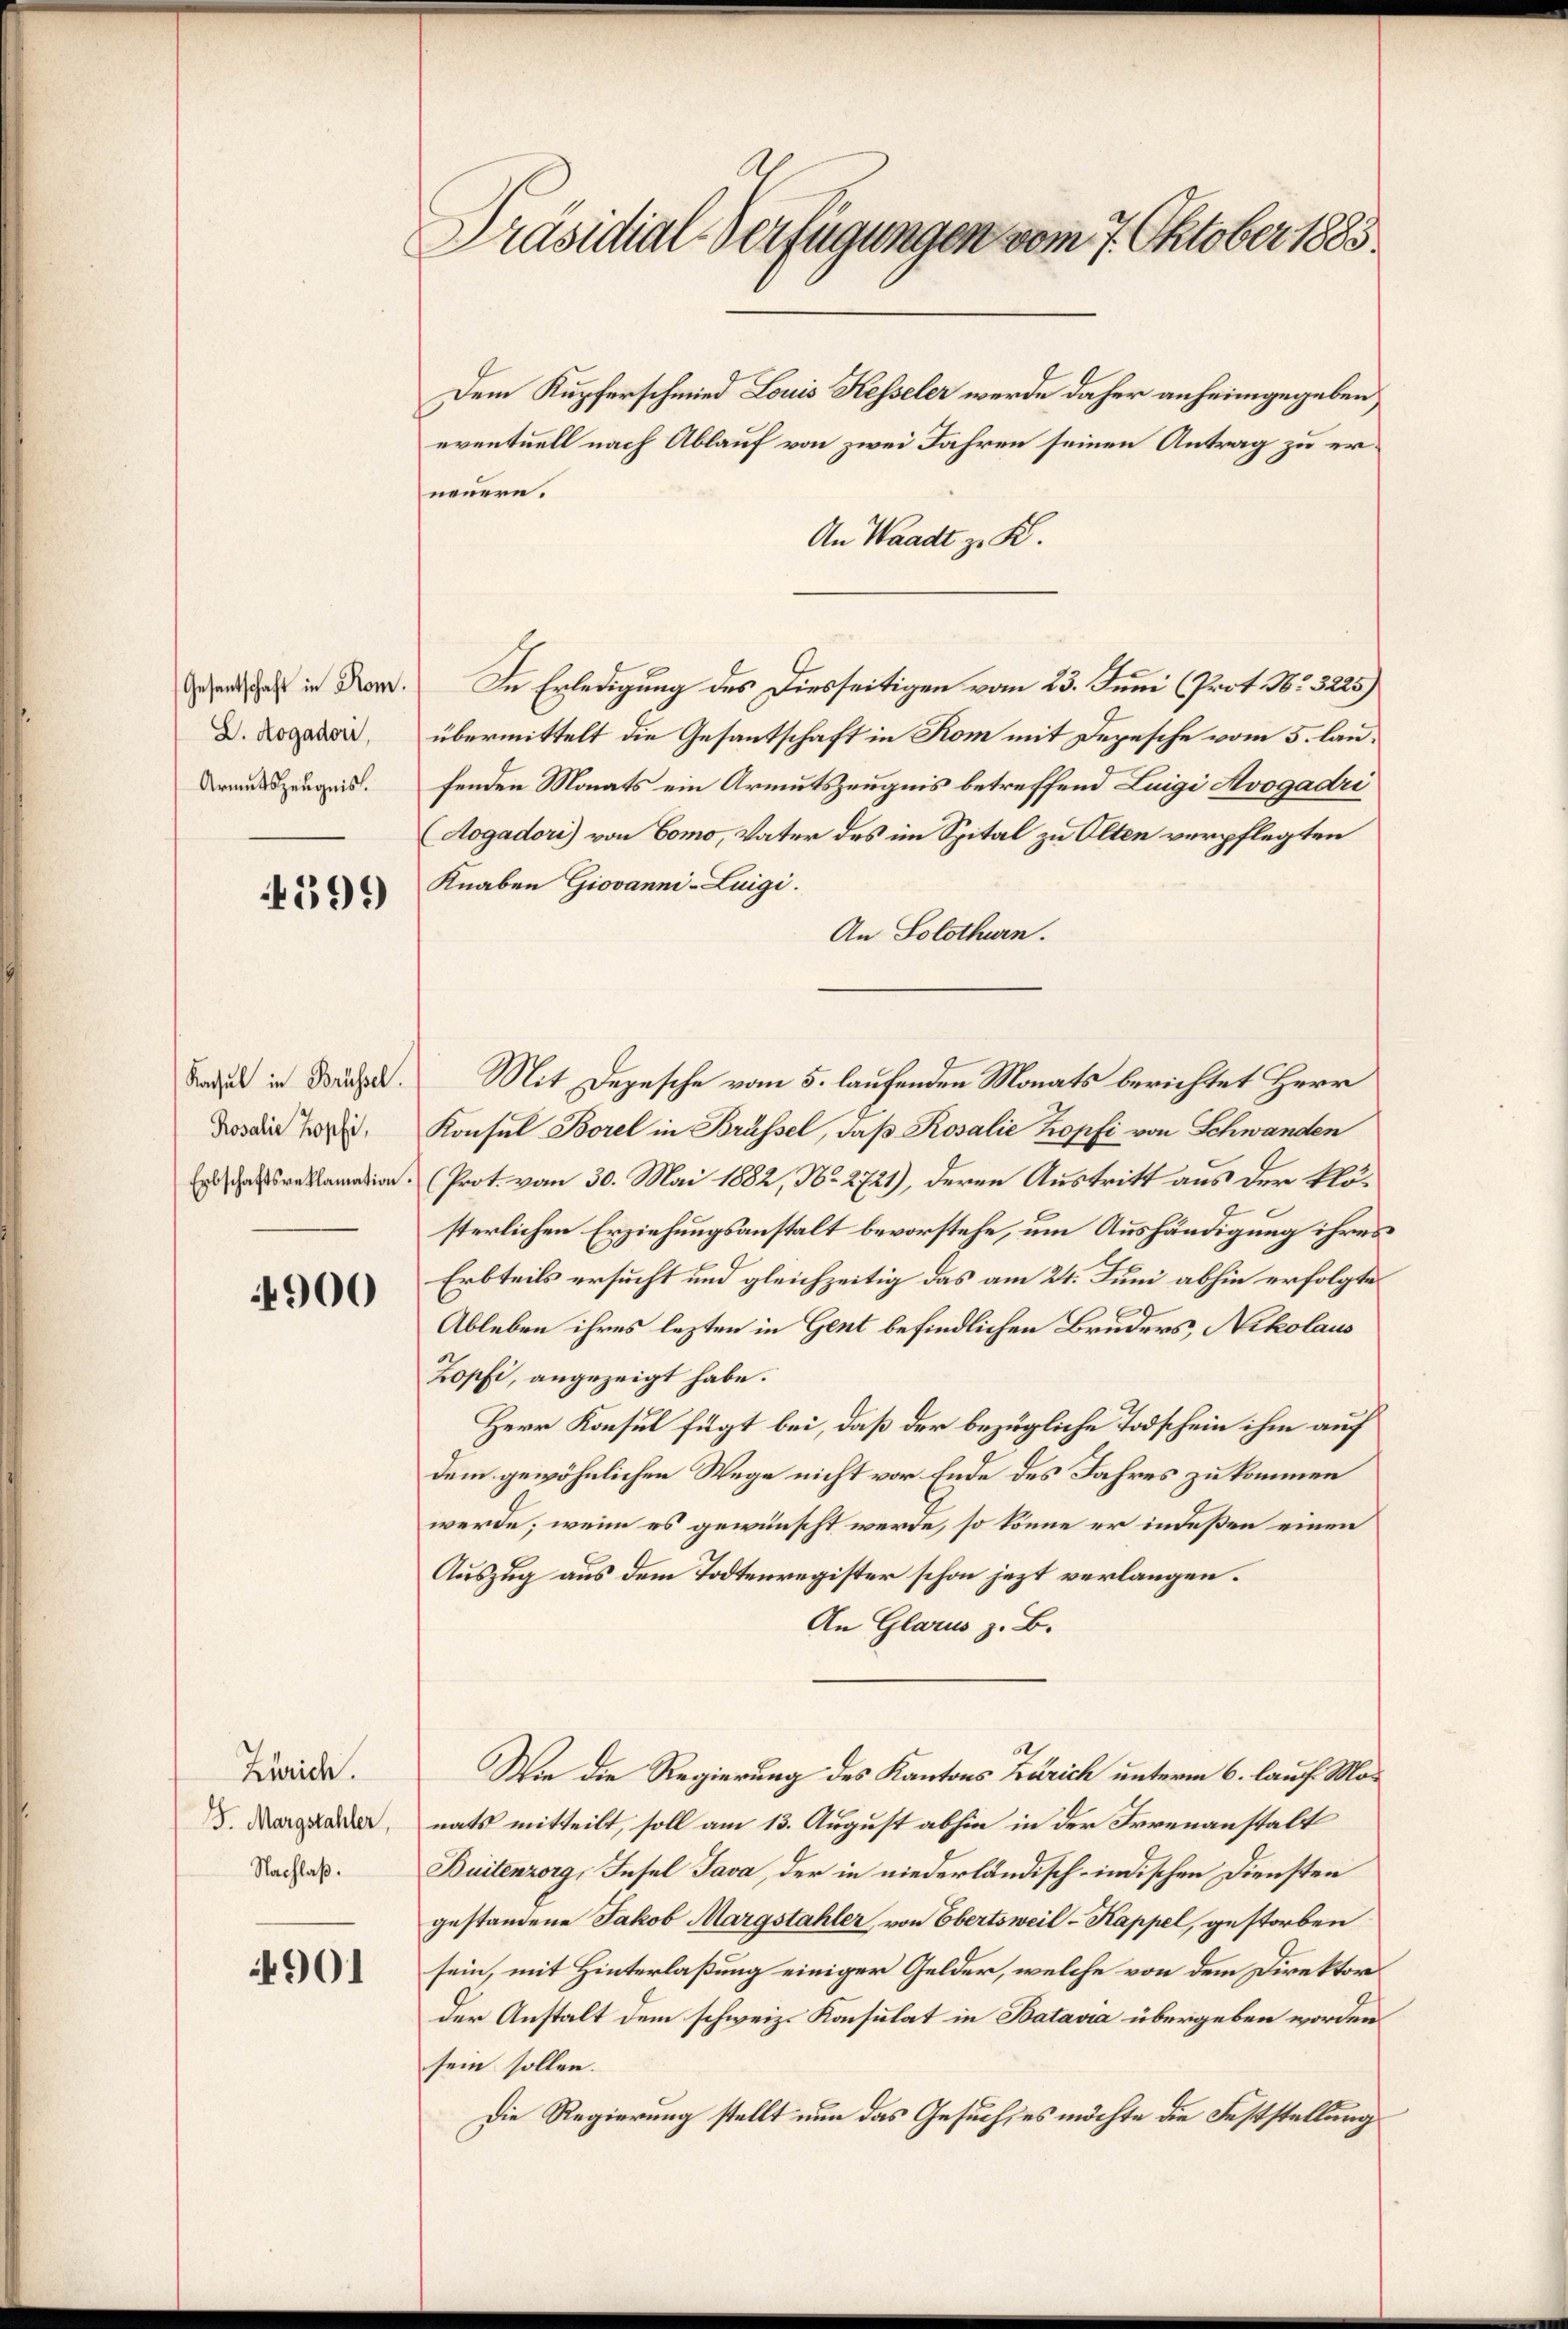
Gesantschaft in Rom.
D. Aogadori,
Armutszeugnis.

399

Kacul in Brüssel.
Rosalie Kopfi,
Erbschaftsreklamation

4900

Zürich.
. Margstahler,
Nachlaß.

4901

Präsidial-Verfügungen vom 7. Oktober 1885.

neuere.
An Waadt z. B.
In Erledigung des Diesseitigen vom 23. Juni (Prot. No. 3225)
übermittelt die Gesantschaft in Rom mit Depesche vom 5. laufenden Monats ein Armutszeugnis betreffend Luigi Avogadri
Aogadori) von Como, Vater des im Spital zu Olten verpflegten
Knaben Giovanni-Luigi.
An Solothurn.
Mit Depesche vom 5. laufenden Monats berichtet Herr
Konsul Borel in Brüssel, das Rosalie Kopfi von Schwanden
Prot. vom 30. Mai 1882, No. 2721), deren Austritt aus der klösterlichen Erziehungsanstalt bevorstehe, um Aushändigung ihres
Erbteils ersucht und gleichzeitig das am 24. Juni abhin erfolgte
Ableben ihres lezten in Gent befindlichen Bruders, Nikolaus
Zopfi, angezeigt habe.
Herr Konsul fügt bei, daß der bezügliche Todschein ihm auf
dem gewöhnlichen Wege nicht vor Ende des Jahres zu kommen
werde; wenn es gewünscht werde, so könne er indeßen einen
Auszug aus dem Todtenregister schon jezt verlangen.
An Glarus z. B.
Wie die Regierung des Kantons Zürich unterm 6. lauf Monats mitteilt, soll am 13. August abhin in der Irrenanstalt
Buitenzorg, Insel Java, der in niederländisch-indischen Diensten
gestandene Jakob Margstahler, von Ebertsweil - Kappel, gestorben
sein, mit Hinterlaßung einiger Gelder, welche von dem Direktor
der Anstalt dem schweiz. Konsulat in Batavia übergeben worden
sein sollen.
Die Regierung stellt nun das Gesuch, es möchte die Feststellung

Dem Kupferschmied Louis Kesseler werde daher anheimgegeben
eventuell nach Ablauf von zwei Jahren seinen Antrag zu er¬